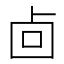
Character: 㔽